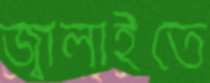
জ্বালাইতে